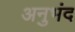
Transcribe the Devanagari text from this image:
अनुभंद